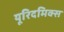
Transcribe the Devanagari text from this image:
यूरिदमिक्स